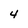
Character: 4